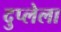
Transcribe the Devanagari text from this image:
दुप्लेला